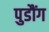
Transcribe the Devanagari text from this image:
पुडौंग